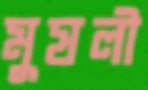
মুষলী